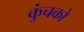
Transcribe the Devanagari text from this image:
कुंचको